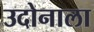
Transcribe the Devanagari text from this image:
उदोनाला